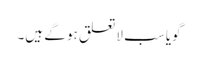
گویا سب لاتعلق ہو گے ہیں۔